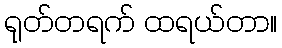
ရုတ်တရက် ထရယ်တာ။